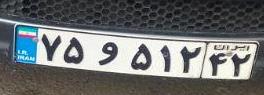
۷۵و۵۱۲۴۲